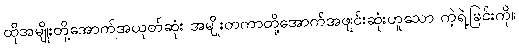
ထိုအမျိုးတို့အောက်အယုတ်ဆုံး အမျိုးတကာတို့အောက်အဖျင်းဆုံးဟူသော ကဲ့ရဲ့ခြင်းကို။